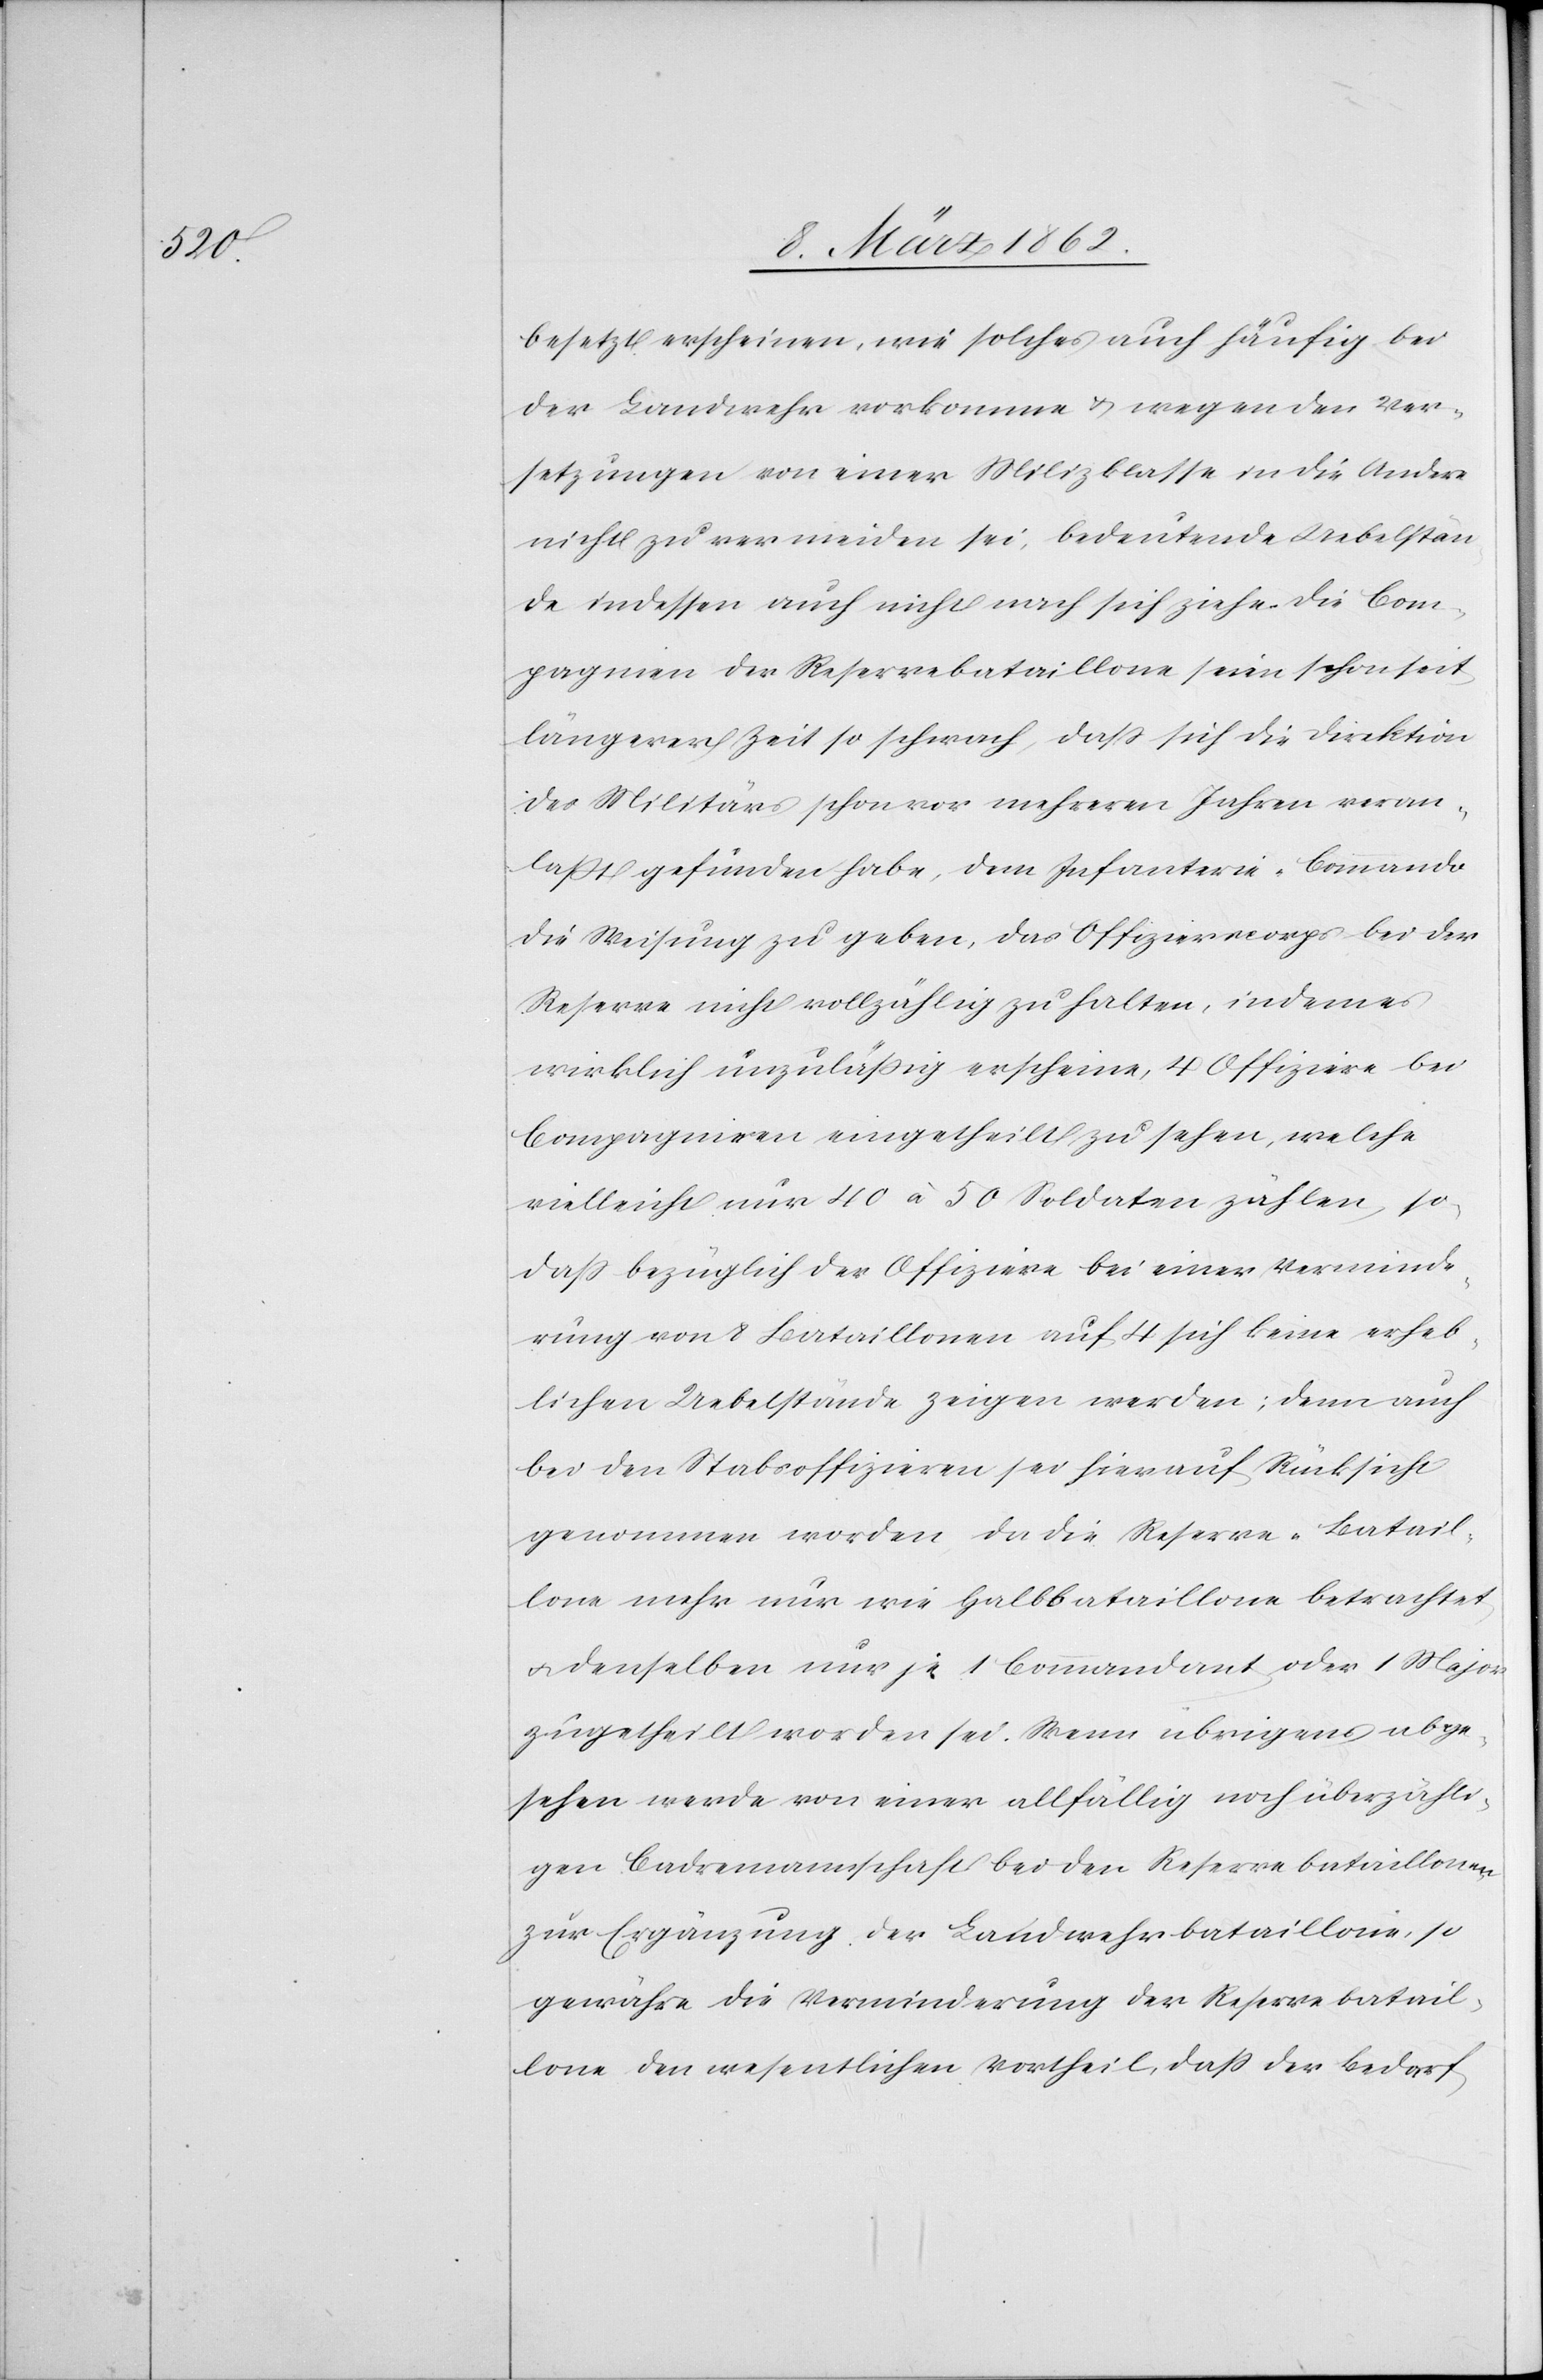
besetzt erscheinen, wie solches auch häufig bei
der Landwehr vorkomme & wegen den Ver¬
setzungen von einer Milizklasse in die Andere
nicht zu vermeiden sei, bedeutende Uebelstän¬
de indessen auch nicht nach sich ziehe. Die Com¬
pagnien der Reservebataillone seien schon seit
längerer Zeit so schwach, daß sich die Direktion
des Militärs schon vor mehreren Jahren veran¬
laßt gefunden habe, dem Infanterie-Commando
die Weisung zu geben, das Offizierscorps bei der
Reserve nicht vollständig zu halten, indem es
wirklich unzuläßig erscheine, 4 Offiziere bei
Comagnieen [sic!] eingetheilt zu sehen, welche
vielleicht nur 40 à 50 Soldaten zählen, so¬
daß bezüglich der Offiziere bei einer Verminde¬
rung von 8 Bataillonen auf 4 sich keine erheb¬
lichen Uebelstände zeigen werden; denn auch
bei Stabsoffizieren sei hierauf Rücksicht
genommen worden, da die Reserve-Batail¬
lone mehr nur wie Halbbataillone betrachtet
u. denselben nur je 1 Commandant oder 1 Major
zugetheilt worden sei. Wenn übrigens abge¬
sehen werde von einer allfällig noch überzähli¬
gen Cadremannschaft bei den Reservebataillonen
zur Ergänzung der Landwehrbataillone, so
gewähre die Verminderung der Reservebatail¬
lone den wesentlichen Vortheil, daß der Bedarf